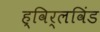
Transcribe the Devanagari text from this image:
ह्विर्लविंड